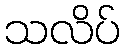
သလိပ်